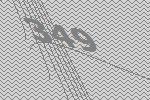
349